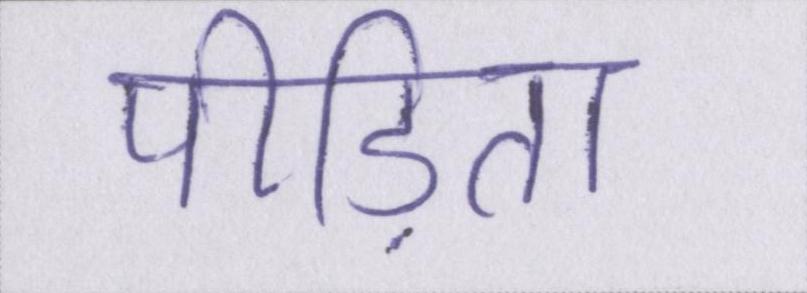
पीड़िता